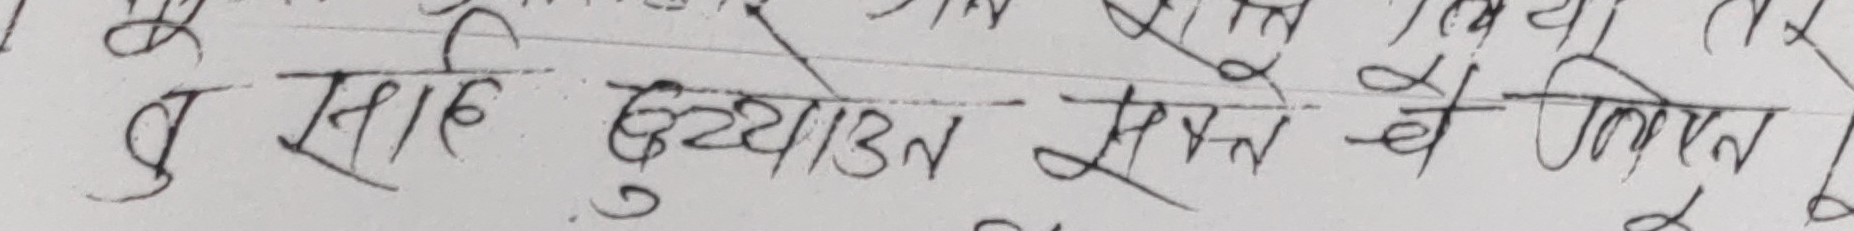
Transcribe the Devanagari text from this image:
बु साह्रै दुख्याउन सक्ने वै यिस्तै